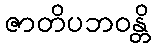
ဇာတိပဘဝန္တိ